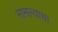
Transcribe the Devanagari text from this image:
मामल्याचा